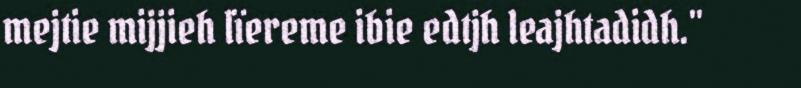
mejtie mijjieh lïereme ibie edtjh leajhtadidh."